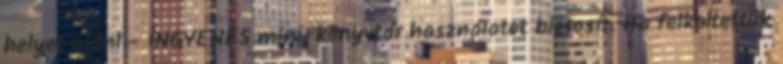
helyet ajánl - INGYENES mini-könyvtár használatot biztosít. Ha felkeltettük